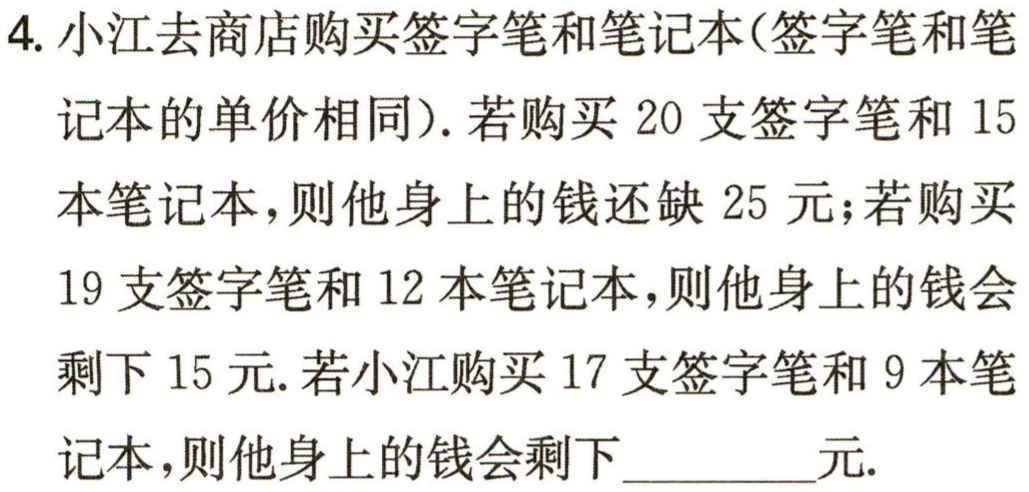
4. 小江去商店购买签字笔和笔记本(签字笔和笔
记本的单价相同). 若购买 20 支签字笔和 15
本笔记本, 则他身上的钱还缺 25 元; 若购买
19 支签字笔和 12 本笔记本, 则他身上的钱会
剩下 15 元. 若小江购买 17 支签字笔和 9 本笔
记本, 则他身上的钱会剩下_________元.